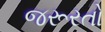
જરૂરતો